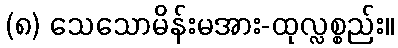
(၈) သေသောမိန်းမအား-ထုလ္လစ္စည်း။